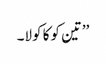
’’تین کوکا کولا۔